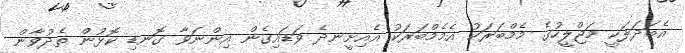
އެބަދަލަކީ މަޖްލީހުގެ މެމްބަރަކު އެމެމްބަރަކު އެއިށީނދެ ވަޑައިގެން އިންނަވާ ގޮނޑި ކޮޅުން ތެދުވާން